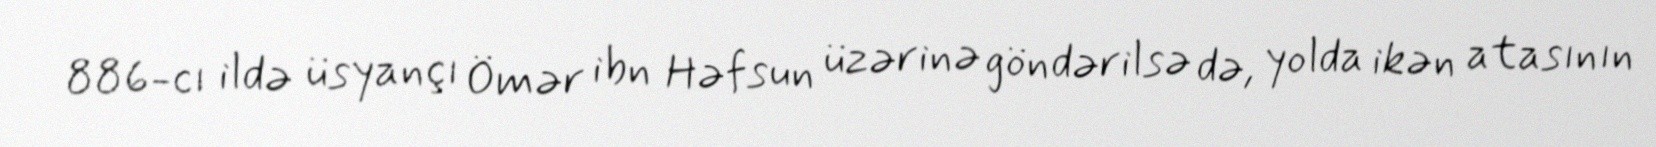
886-cı ildə üsyançı Ömər ibn Həfsun üzərinə göndərilsə də, yolda ikən atasının